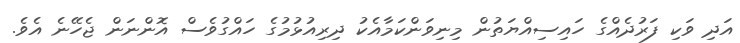
އަދި ވަކި ފަރުދެއްގެ ހައިސިއްޔަތުން މިނިވަންކަމާއެކު ދިރިއުޅުމުގެ ހައްގުވެސް އޮންނަން ޖެހޭނެ އެވެ.